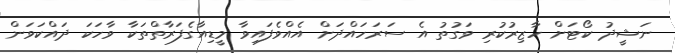
ނަޝީދު ކޯޓަށް ހާޒިރުކުރި ވަގުތު އެ ސަރަހައްދަށް އެއްވެފައިވާ މީޑިއާގެފަރާތްތަކާ ވާހަކަ ދައްކަވަން